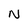
Character: N